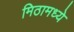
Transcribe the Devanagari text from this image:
मिठामध्ये